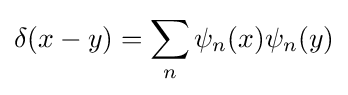
\delta (x-y)=\sum _{n}\psi _{n}(x)\psi _{n}(y)